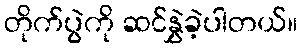
တိုက်ပွဲကို ဆင်နွှဲခဲ့ပါတယ်။